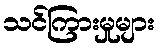
သင်ကြားမှုများ